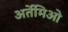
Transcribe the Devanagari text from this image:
अर्तेमिओ